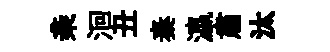
亲洄丑秦瀛肅汰